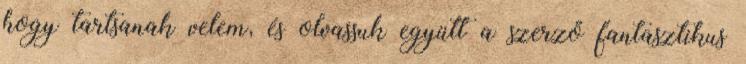
hogy tartsanak velem, és olvassuk együtt a szerző fantasztikus